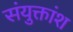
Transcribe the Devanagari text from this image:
संयुक्तांश